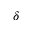
\delta